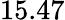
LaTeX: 15.47